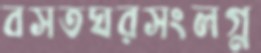
বসতঘরসংলগ্ন